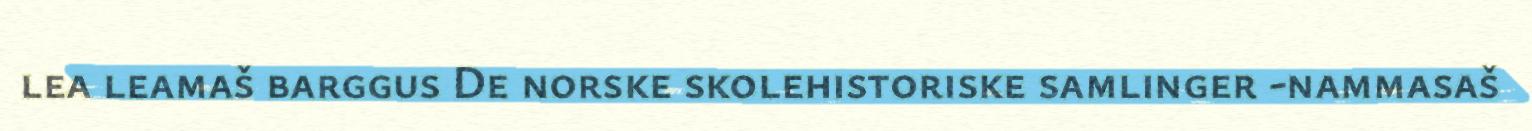
lea leamaš barggus De norske skolehistoriske samlinger -nammasaš